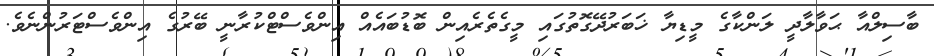
ބާސިލްއާ ޙަވާލާދީ ލަންކާގެ މީޑިޔާ ޚަބަރުދޭގޮތުގައި މީގެތެރެއިން ބޮޑުބައެއް އިންވެސްޓްކުރާނީ ބޭރުގެ އިންވެސްޓަރުންނެވެ.